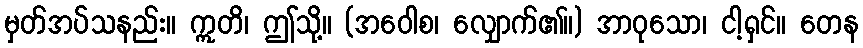
မှတ်အပ်သနည်း။ ဣတိ၊ ဤသို့။ (အဝေါစ၊ လျှောက်၏။) အာဝုသော၊ ငါ့ရှင်။ တေန